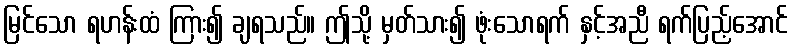
မြင်သော ရဟန်းထံ ကြား၍ ချရသည်။ ဤသို့ မှတ်သား၍ ဖုံးသောရက် နှင့်အညီ ရက်ပြည့်အောင်